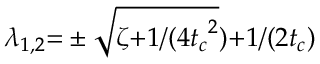
\lambda _ { 1 , 2 } { = } \pm \sqrt { \zeta { + } { 1 } / ( { 4 { t _ { c } } ^ { 2 } } } ) { + } { 1 } / ( { 2 { t _ { c } } } )